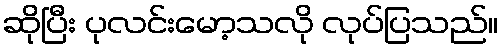
ဆိုပြီး ပုလင်းမော့သလို လုပ်ပြသည်။